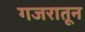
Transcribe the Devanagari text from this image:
गजरातून